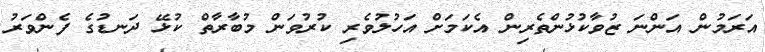
އަރަމުން އަންނަ ޒުވާކުޅުންތެރިން އެކަމަށް އަހުލުވެރި ކުރުވަން މުބާރާތް ކުޅޭ ދަނޑުގެ ފެންވަރު